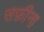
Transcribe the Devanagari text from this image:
सफ़ीना